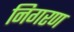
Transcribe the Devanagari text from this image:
निगरण